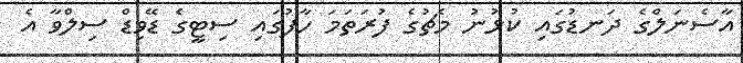
އާސެނަލްގެ ދަނޑުގައި ކުޅުނު މެޗުގެ ފުރަތަމަ ހާފުގައި ސިޓީގެ ޑޭވިޑް ސިލްވާ އެ